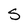
Character: S